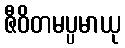
ဇီဝိတမပ္ပမာယု